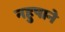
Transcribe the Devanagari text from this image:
नहुषाने